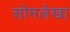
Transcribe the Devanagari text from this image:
सोमलेखा